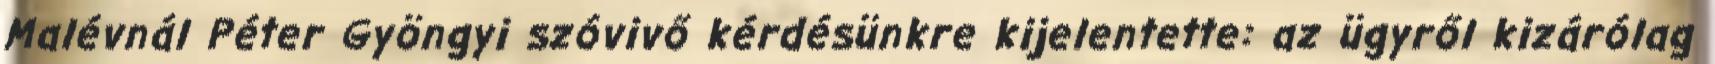
Malévnál Péter Gyöngyi szóvivő kérdésünkre kijelentette: az ügyről kizárólag